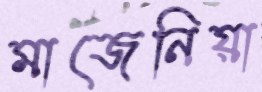
মাজেনিয়া